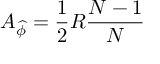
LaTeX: A _ { \widehat { \phi } } = \frac { 1 } { 2 } R \frac { N - 1 } { N }